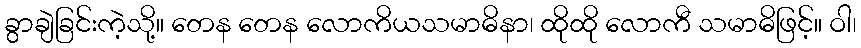
ခွာချဲခြင်းကဲ့သို့။ တေန တေန လောကိယသမာဓိနာ၊ ထိုထို လောကီ သမာဓိဖြင့်။ ဝါ၊